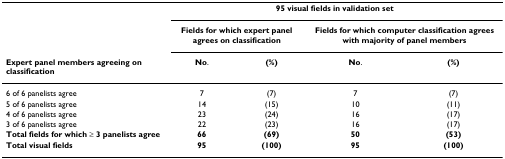
|  | <COLSPAN=4> 95 visual fields in validation set |
 |  | <COLSPAN=2> Fields for which expert panel agrees on classification | <COLSPAN=2> Fields for which computer classification agrees with majority of panel members |
 | Expert panel members agreeing on classification | No. | (%) | No. | (%) |
 | --- | --- | --- | --- | --- |
 | 6 of 6 panelists agree | 7 | (7) | 7 | (7) |
 | 5 of 6 panelists agree | 14 | (15) | 10 | (11) |
 | 4 of 6 panelists agree | 23 | (24) | 16 | (17) |
 | 3 of 6 panelists agree | 22 | (23) | 16 | (17) |
 | Total fields for which ≥ 3 panelists agree | 66 | (69) | 50 | (53) |
 | Total visual fields | 95 | (100) | 95 | (100) |